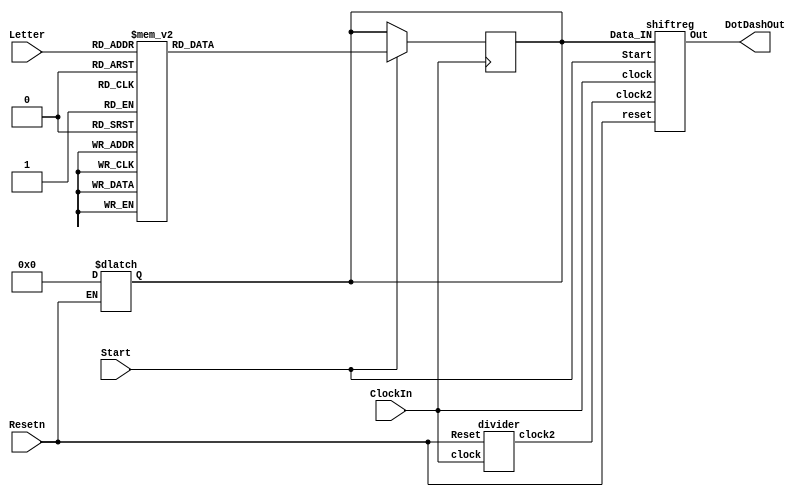
module part3(ClockIn, Resetn, Start, Letter, DotDashOut);
input ClockIn;
input Resetn;
input Start;
input [2:0] Letter;
output DotDashOut;
wire clock2;
reg [11:0] q;
divider d1(.clock(ClockIn), .clock2(clock2), .Reset(Resetn));		
always@(posedge ClockIn)
begin
	if(Start == 1'b1)
	begin  
	case(Letter)
		3'b000: q <= 12'b101110000000;  // A 
		3'b001: q <= 12'b111010101000;  // B
		3'b010: q <= 12'b111010111010;  // C
		3'b011: q <= 12'b111010100000;  // D
		3'b100: q <= 12'b100000000000;  // E
		3'b101: q <= 12'b101011101000;  // F
		3'b110: q <= 12'b111011101000;  // G
		3'b111: q <= 12'b101010100000;  // H
		default: q <= 12'b000000000000; 
	endcase
	end
end
always@(*)
begin
if(Resetn == 1'b0)
q <= 12'b000000000000;
end
shiftreg s1(.Data_IN(q), .Out(DotDashOut), .clock(ClockIn), .clock2(clock2), .reset(Resetn), .Start(Start));


endmodule

module divider(clock, clock2, Reset, Start);
	input clock;
	output reg clock2;
	input Reset;
	input Start;
	reg [8:0] counter = 9'd0;
	
	// assumes an input of 500 Hz. Returns output of 2 Hz. => we divide by 250
	always@(posedge clock)
	begin
		if(Reset==1'b0)
			counter <= 0;
		counter <= counter + 9'd1;
		if(counter>=9'd249)
			counter <= 9'd0;
		clock2 <= (counter < 9'd125) ? 1'b1:1'b0; // is it 125 or 250
	end

endmodule

module shiftreg(Data_IN, Out, clock, clock2, reset, Start);
	input [11:0] Data_IN;
	output Out;
	input clock;
	input clock2; // different clock (should work based on the counter i.e. only every 0.5 seconds)
	input reset;
	input Start;
	reg [12:0] w; 
	assign Out = w[12]; // 12 used to have an extra one at the end which can be loaded
	always@(*)begin
		if(reset==1'b0)
		begin
			w[0] = 1'b0;	
			w[1] = 1'b0;
			w[2] = 1'b0;
			w[3] = 1'b0;
			w[4] = 1'b0;
			w[5] = 1'b0;
			w[6] = 1'b0;
			w[7] = 1'b0;
			w[8] = 1'b0;
			w[9] = 1'b0;
			w[10] = 1'b0;
			w[11] = 1'b0;
			w[12] = 1'b0;
		end
	end
	always@(posedge clock)begin
		if(Start==1'b1)
		begin
			w[0] = Data_IN[0];	
			w[1] = Data_IN[1];
			w[2] = Data_IN[2];
			w[3] = Data_IN[3];
			w[4] = Data_IN[4];
			w[5] = Data_IN[5];
			w[6] = Data_IN[6];
			w[7] = Data_IN[7];
			w[8] = Data_IN[8];
			w[9] = Data_IN[9];
			w[10] = Data_IN[10];
			w[11] = Data_IN[11];
			w[12] = 1'b0;
		end
	end
	always@(posedge clock2) begin   
		w[12] = w[11];
		w[11] = w[10];
		w[10] = w[9];
		w[9] = w[8];
		w[8] = w[7];
		w[7] = w[6];
		w[6] = w[5];
		w[5] = w[4];
		w[4] = w[3];
		w[3] = w[2];
		w[2] = w[1];
		w[1] = w[0];
		w[0] = w[12]; // verify this
	end
endmodule